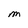
Character: M